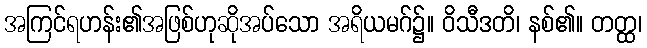
အကြင်ရဟန်း၏အဖြစ်ဟုဆိုအပ်သော အရိယမဂ်၌။ ဝိသီဒတိ၊ နစ်၏။ တတ္ထ၊